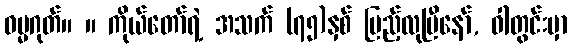
ဓမ္မဂုတ်။ ။ ကိုယ်တော်ရဲ့ အသက် (၇၅)နှစ် ပြည့်လုပြီနော်, ဝါတွင်းမှာ